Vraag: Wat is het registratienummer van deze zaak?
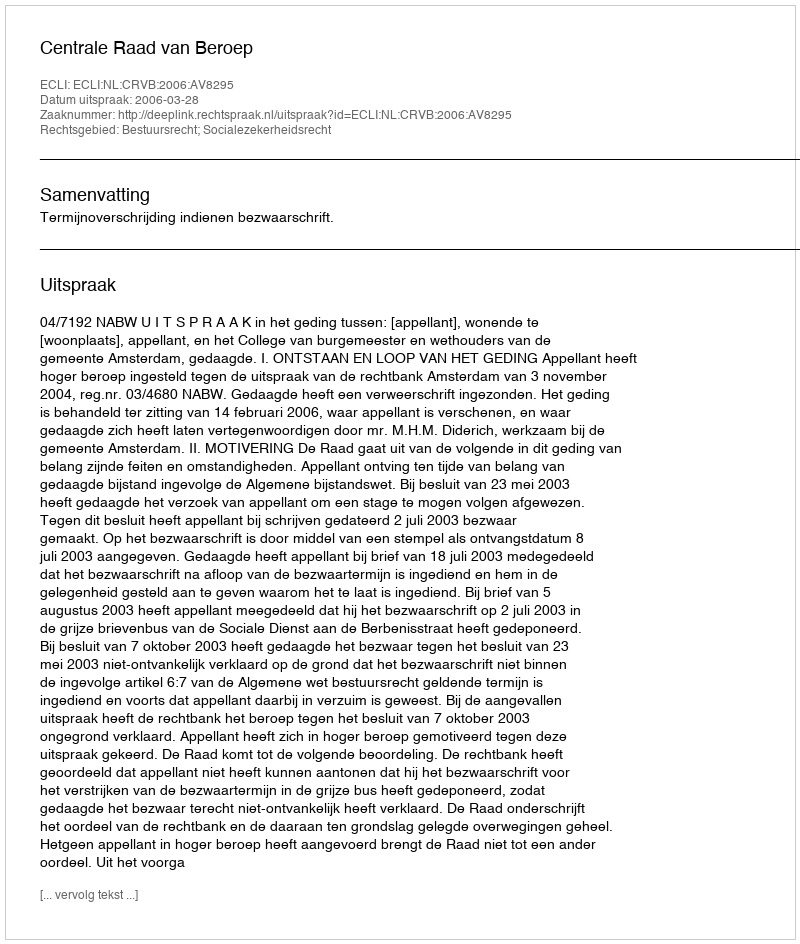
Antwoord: http://deeplink.rechtspraak.nl/uitspraak?id=ECLI:NL:CRVB:2006:AV8295